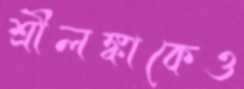
শ্রীলঙ্কাকেও